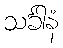
သင်္ခါနံ